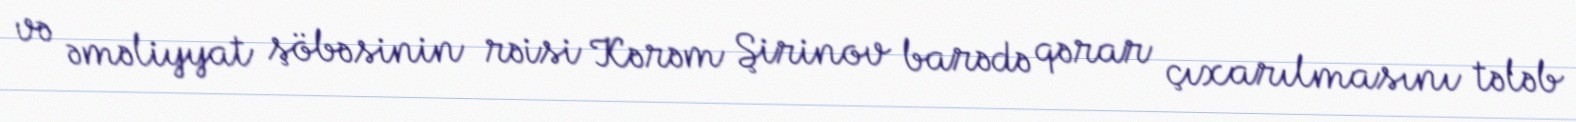
və əməliyyat şöbəsinin rəisi Kərəm Şirinov barədə qərar çıxarılmasını tələb